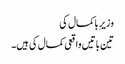
وزیرِ باکمال کی
تین باتیں واقعی کمال کی ہیں۔